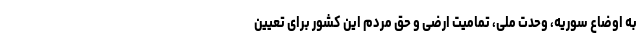
به اوضاع سوریه، وحدت ملی، تمامیت ارضی و حق مردم این کشور برای تعیین